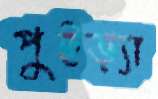
পুইড়্যা